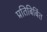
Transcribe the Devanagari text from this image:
प्रतिबिबिंत